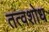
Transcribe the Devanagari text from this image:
तत्वशोध